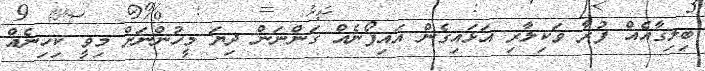
ބިލިގާއެއް ފުރާ ވަކިލާރި އަޅައިގެން އައިފޯނެއް ގަންނަން ދިޔަ މީހުންނަށް މިވީ ކިހިނެއް